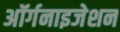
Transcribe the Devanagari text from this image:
अॉर्गनाइजेशन